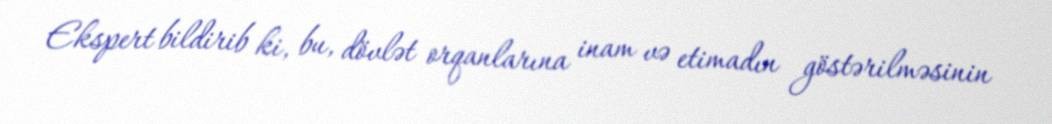
Ekspert bildirib ki, bu, dövlət orqanlarına inam və etimadın göstərilməsinin